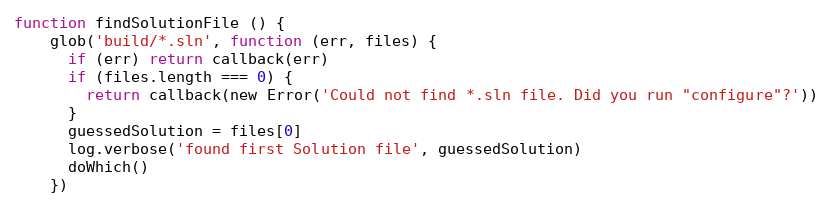
Language: JavaScript
function findSolutionFile () {
    glob('build/*.sln', function (err, files) {
      if (err) return callback(err)
      if (files.length === 0) {
        return callback(new Error('Could not find *.sln file. Did you run "configure"?'))
      }
      guessedSolution = files[0]
      log.verbose('found first Solution file', guessedSolution)
      doWhich()
    })